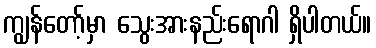
ကျွန်တော့်မှာ သွေးအားနည်းရောဂါ ရှိပါတယ်။